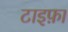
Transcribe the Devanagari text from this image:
टाइफ़ा